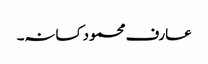
عارف محمود کسانہ۔